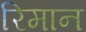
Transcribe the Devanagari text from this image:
रिमान